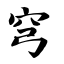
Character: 穹